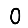
Digit: 0